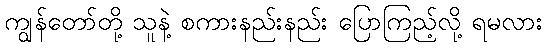
ကျွန်တော်တို့ သူနဲ့ စကားနည်းနည်း ပြောကြည့်လို့ ရမလား